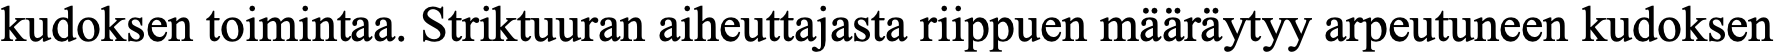
kudoksen toimintaa. Striktuuran aiheuttajasta riippuen määräytyy arpeutuneen kudoksen